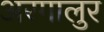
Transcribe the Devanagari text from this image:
अरगालुर